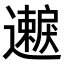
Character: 𫑐